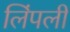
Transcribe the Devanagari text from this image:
लिंपली